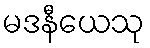
မဒနီယေသု